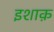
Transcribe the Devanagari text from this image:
इशाक़